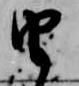
由